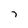
Character: 7